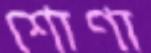
শোণা